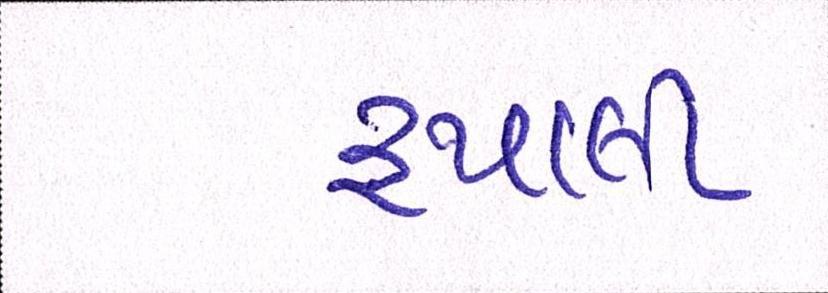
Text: રુપાણી